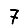
Digit: 7